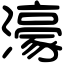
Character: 濠